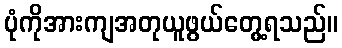
ပုံကိုအားကျအတုယူဖွယ်တွေ့ရသည်။